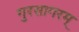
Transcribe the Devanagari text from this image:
गुरसागरम्